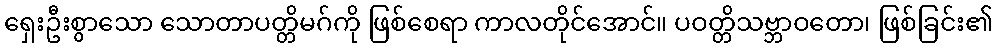
ရှေးဦးစွာသော သောတာပတ္တိမဂ်ကို ဖြစ်စေရာ ကာလတိုင်အောင်။ ပဝတ္တိသဗ္ဘာဝတော၊ ဖြစ်ခြင်း၏